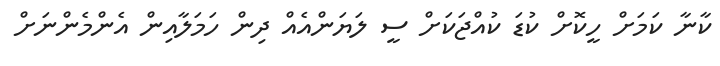
ކާނާ ކަމަށް ހީކޮށް ކުޑަ ކުއްޖަކަށް ސީ ލަޔަންއެއް ދިން ހަމަލާއިން އެންމެންނަށް